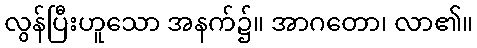
လွန်ပြီးဟူသော အနက်၌။ အာဂတော၊ လာ၏။